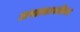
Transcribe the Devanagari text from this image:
जगतकारुप्रिया